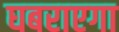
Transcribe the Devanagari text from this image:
घबराएगा